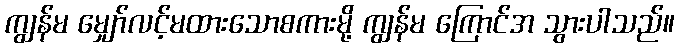
ကျွန်မ မျှော်လင့်မထားသောစကားမို့ ကျွန်မ ကြောင်အ သွားပါသည်။